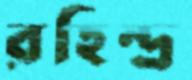
রহিন্দ্র